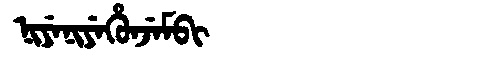
Manchu: ᠨᡳᠶᡝᠨᡳᠶᡝᡥᡠᠨᠵᡝᠮᠪᡳ
Romanization: NIYENIYEHUNJEMBI